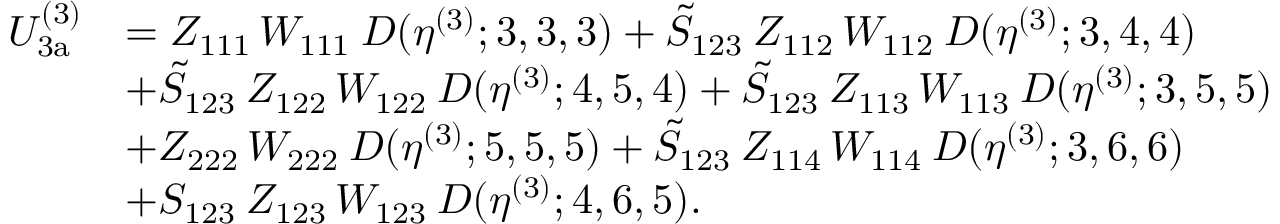
\begin{array} { r l } { U _ { \mathrm { 3 a } } ^ { ( 3 ) } } & { = Z _ { 1 1 1 } \, W _ { 1 1 1 } \: D ( \eta ^ { ( 3 ) } ; 3 , 3 , 3 ) + \tilde { S } _ { 1 2 3 } \: Z _ { 1 1 2 } \, W _ { 1 1 2 } \: D ( \eta ^ { ( 3 ) } ; 3 , 4 , 4 ) } \\ & { + \tilde { S } _ { 1 2 3 } \: Z _ { 1 2 2 } \, W _ { 1 2 2 } \: D ( \eta ^ { ( 3 ) } ; 4 , 5 , 4 ) + \tilde { S } _ { 1 2 3 } \: Z _ { 1 1 3 } \, W _ { 1 1 3 } \: D ( \eta ^ { ( 3 ) } ; 3 , 5 , 5 ) } \\ & { + Z _ { 2 2 2 } \, W _ { 2 2 2 } \: D ( \eta ^ { ( 3 ) } ; 5 , 5 , 5 ) + \tilde { S } _ { 1 2 3 } \: Z _ { 1 1 4 } \, W _ { 1 1 4 } \: D ( \eta ^ { ( 3 ) } ; 3 , 6 , 6 ) } \\ & { + S _ { 1 2 3 } \: Z _ { 1 2 3 } \, W _ { 1 2 3 } \: D ( \eta ^ { ( 3 ) } ; 4 , 6 , 5 ) . } \end{array}